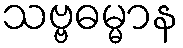
သဗ္ဗဓမ္မာန